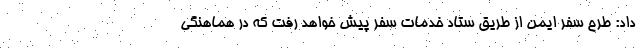
داد: طرح سفر ایمن از طریق ستاد خدمات سفر پیش خواهد رفت که در هماهنگی